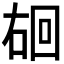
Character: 𪡐